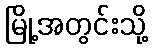
မြို့အတွင်းသို့